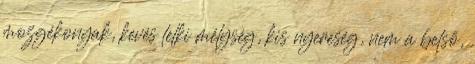
mozgékonyak, kevés lelki mélység, kis nyereség, nem a belső,